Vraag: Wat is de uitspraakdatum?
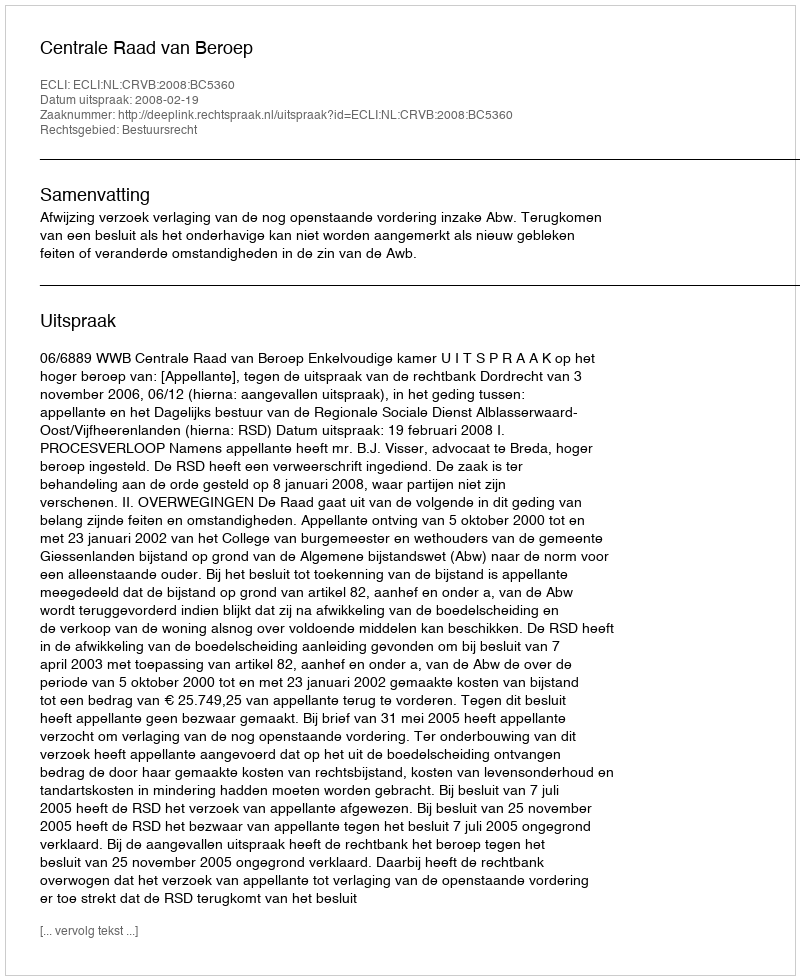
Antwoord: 2008-02-19